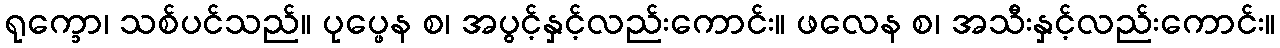
ရုက္ခော၊ သစ်ပင်သည်။ ပုပ္ဖေန စ၊ အပွင့်နှင့်လည်းကောင်း။ ဖလေန စ၊ အသီးနှင့်လည်းကောင်း။